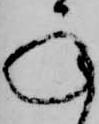
承